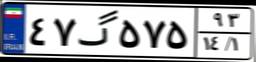
۴۷گ۵۷۵۹۳